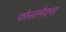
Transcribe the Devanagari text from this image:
फोसामैक्स